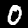
Label: 0